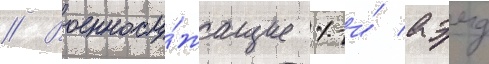
// Военнослу́жащие 1-и́ аэмд